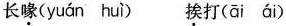
长喙(yuán huì) 挨打(āi áí)